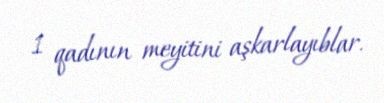
1 qadının meyitini aşkarlayıblar.